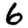
Digit: 6